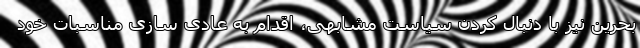
بحرین نیز با دنبال کردن سیاست مشابهی، اقدام به عادی سازی مناسبات خود